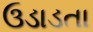
ઉડાડતા